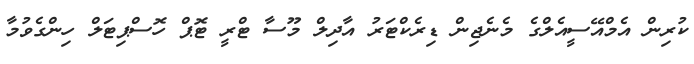
ކުރިން އެމްއޭސީއެލްގެ މެނެޖިން ޑިރެކްޓަރު އާދިލް މޫސާ ޓްރީ ޓޮޕް ހޮސްޕިޓަލް ހިންގެވުމާ